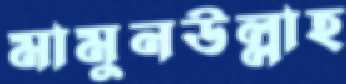
মামুনউল্লাহ